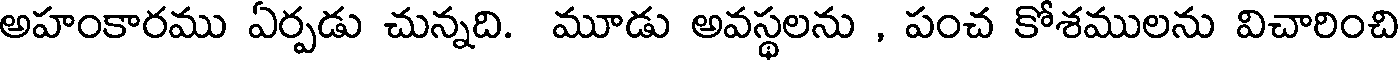
అహంకారము ఏర్పడు చున్నది. మూడు అవస్థలను , పంచ కోశములను విచారించి